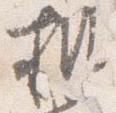
机